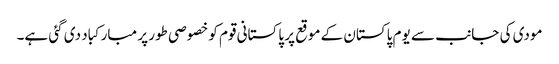
مودی کی جانب سے یوم پاکستان کے موقع پر پاکستانی قوم کو خصوصی طور پر مبارکباد دی گئی ہے۔